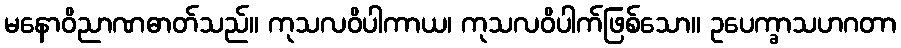
မနောဝိညာဏဓာတ်သည်။ ကုသလဝိပါကာယ၊ ကုသလဝိပါက်ဖြစ်သော။ ဥပေက္ခာသဟဂတာ